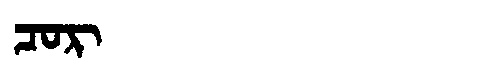
Manchu: ᠴᠣᡵ
Romanization: COR